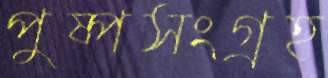
পুষ্পসংগ্রহ